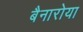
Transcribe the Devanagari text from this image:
बैनारोया